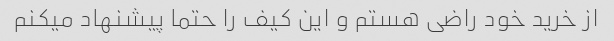
از خرید خود راضی هستم و این کیف را حتما پیشنهاد میکنم